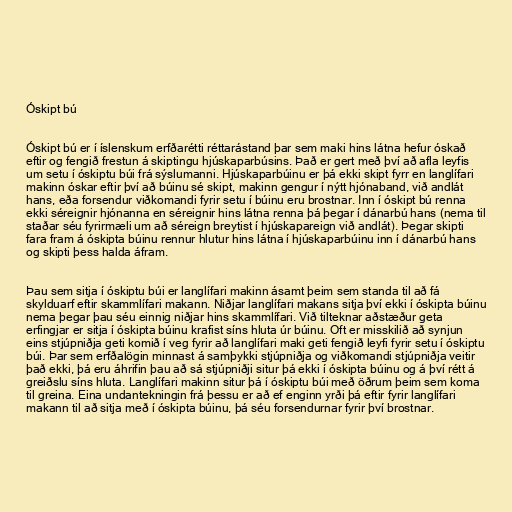
Óskipt bú

Óskipt bú er í íslenskum erfðarétti réttarástand þar sem maki hins látna hefur óskað
eftir og fengið frestun á skiptingu hjúskaparbúsins. Það er gert með því að afla leyfis
um setu í óskiptu búi frá sýslumanni. Hjúskaparbúinu er þá ekki skipt fyrr en langlífari
makinn óskar eftir því að búinu sé skipt, makinn gengur í nýtt hjónaband, við andlát
hans, eða forsendur viðkomandi fyrir setu í búinu eru brostnar. Inn í óskipt bú renna
ekki séreignir hjónanna en séreignir hins látna renna þá þegar í dánarbú hans (nema til
staðar séu fyrirmæli um að séreign breytist í hjúskapareign við andlát). Þegar skipti
fara fram á óskipta búinu rennur hlutur hins látna í hjúskaparbúinu inn í dánarbú hans
og skipti þess halda áfram.

Þau sem sitja í óskiptu búi er langlífari makinn ásamt þeim sem standa til að fá
skylduarf eftir skammlífari makann. Niðjar langlífari makans sitja því ekki í óskipta búinu
nema þegar þau séu einnig niðjar hins skammlífari. Við tilteknar aðstæður geta
erfingjar er sitja í óskipta búinu krafist síns hluta úr búinu. Oft er misskilið að synjun
eins stjúpniðja geti komið í veg fyrir að langlífari maki geti fengið leyfi fyrir setu í óskiptu
búi. Þar sem erfðalögin minnast á samþykki stjúpniðja og viðkomandi stjúpniðja veitir
það ekki, þá eru áhrifin þau að sá stjúpniðji situr þá ekki í óskipta búinu og á því rétt á
greiðslu síns hluta. Langlífari makinn situr þá í óskiptu búi með öðrum þeim sem koma
til greina. Eina undantekningin frá þessu er að ef enginn yrði þá eftir fyrir langlífari
makann til að sitja með í óskipta búinu, þá séu forsendurnar fyrir því brostnar.